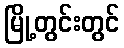
မြို့တွင်းတွင်